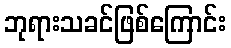
ဘုရားသခင်ဖြစ်ကြောင်း